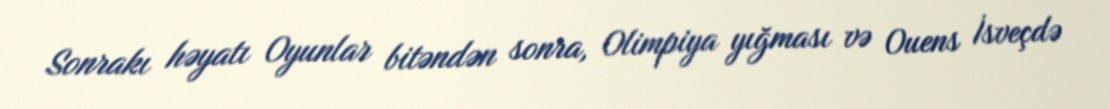
Sonrakı həyatı Oyunlar bitəndən sonra, Olimpiya yığması və Ouens İsveçdə